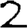
Digit: 2